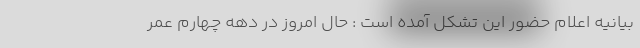
بیانیه اعلام حضور این تشکل آمده است : حال امروز در دهه چهارم عمر